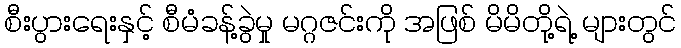
စီးပွားရေးနှင့် စီမံခန့်ခွဲမှု မဂ္ဂဇင်းကို အဖြစ် မိမိတို့ရဲ့ များတွင်